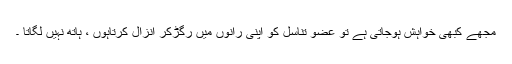
مجھے کبھی خواہش ہوجاتی ہے تو عضو تناسل کو اپنی رانوں میں رگڑکر انزال کرتاہوں ، ہاتھ نہیں لگاتا ۔